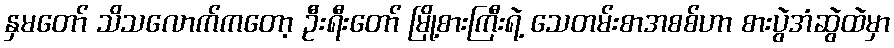
နှမတော် သိသလောက်ကတော့ ဦးရီးတော် မြို့စားကြီးရဲ့ သေတမ်းစာအစစ်ဟာ စားပွဲအံဆွဲထဲမှာ